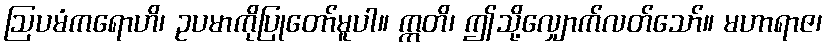
ဩပမံကရောဟိ၊ ဥပမာကိုပြုတော်မူပါ။ ဣတိ၊ ဤသို့လျှောက်လတ်သော်။ မဟာရာဇ၊